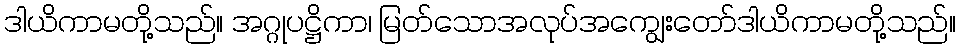
ဒါယိကာမတို့သည်။ အဂ္ဂုပဋ္ဌိကာ၊ မြတ်သောအလုပ်အကျွေးတော်ဒါယိကာမတို့သည်။